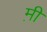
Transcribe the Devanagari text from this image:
म़ी